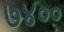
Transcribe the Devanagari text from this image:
७४००